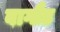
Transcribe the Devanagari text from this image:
बागौड